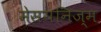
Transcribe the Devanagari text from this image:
मेसयनिज्म